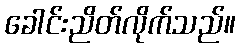
ခေါင်းညိတ်လိုက်သည်။